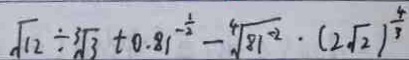
\sqrt { 1 2 } \div \sqrt [ 3 ] { 3 } + 0 . 8 1 ^ { - \frac { 1 } { 2 } } - \sqrt [ 4 ] { 8 1 ^ { - 2 } } \cdot ( 2 \sqrt { 2 } ) ^ { \frac { 4 } { 3 } }